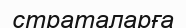
страталарға